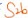
Text: S2b